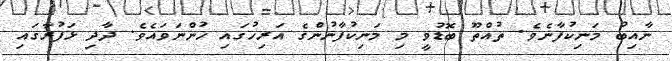
ނާއިބު މަނިކުފާނެވެ. ތުއްތޫ ބޮޑުވީ މި މަނިކުފާނުންގެ އަރިހުގައި ހުންނަވައެވެ. ދާދި ޅަފުރާގައި